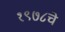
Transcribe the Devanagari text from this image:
१९७८चे